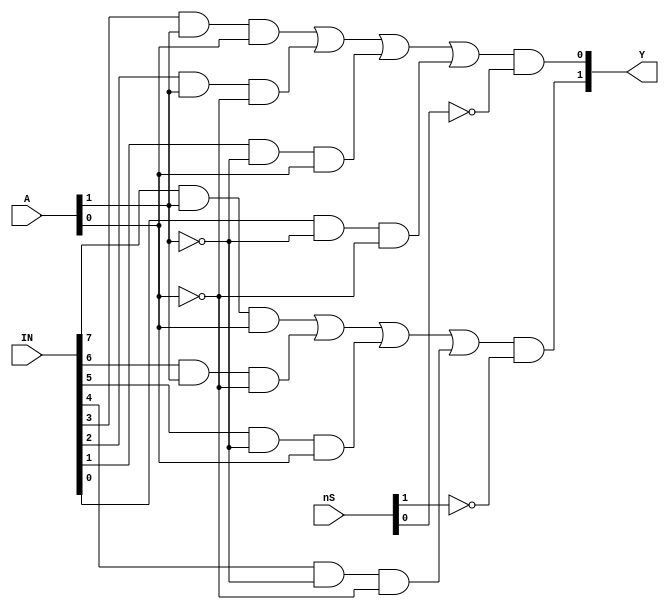
module TTL74153(nS, IN, A, Y);
	input [1:0] nS;
	input [7:0] IN;
	input [1:0] A;
	output [1:0] Y;
	
	wire [1:0] S;
	wire [7:0] aD;
	wire [1:0] nA;
	wire [1:0] oS;
	
	not(S[1], nS[1]);
	not(S[0], nS[0]);
	not(nA[1], A[1]);
	not(nA[0], A[0]);
	
	and(aD[7], IN[7], A[1], A[0]);
	and(aD[6], IN[6], A[1], nA[0]);
	and(aD[5], IN[5], nA[1], A[0]);
	and(aD[4], IN[4], nA[1], nA[0]);
	and(aD[3], IN[3], A[1], A[0]);
	and(aD[2], IN[2], A[1], nA[0]);
	and(aD[1], IN[1], nA[1], A[0]);
	and(aD[0], IN[0], nA[1], nA[0]);
	
	or(oS[1], aD[7], aD[6], aD[5], aD[4]);
	or(oS[0], aD[3], aD[2], aD[1], aD[0]);
	
	and(Y[1], oS[1], S[1]);
	and(Y[0], oS[0], S[0]);
	
endmodule